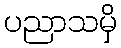
ပညာသမှိ